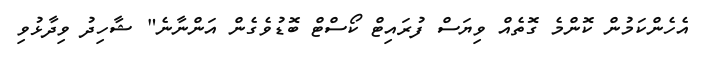
އެހެންކަމުން ކޮންމެ ގޮތެއް ވިޔަސް ފުރައިޓް ކޯސްޓް ބޮޑުވެގެން އަންނާނެ" ޝާހިދު ވިދާޅުވި